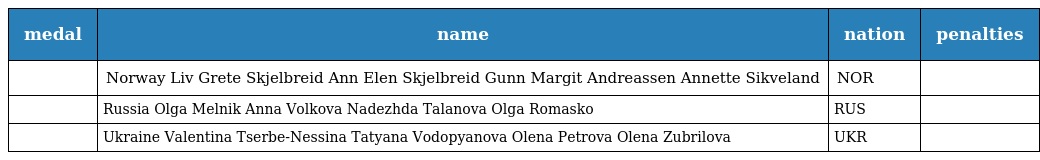
| medal | name | nation | penalties |
 | --- | --- | --- | --- |
 |  | Norway Liv Grete Skjelbreid Ann Elen Skjelbreid Gunn Margit Andreassen Annette Sikveland | NOR |  |
 |  | Russia Olga Melnik Anna Volkova Nadezhda Talanova Olga Romasko | RUS |  |
 |  | Ukraine Valentina Tserbe-Nessina Tatyana Vodopyanova Olena Petrova Olena Zubrilova | UKR |  |